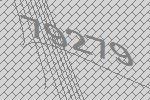
79279